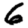
Digit: 6